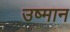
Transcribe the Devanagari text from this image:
उष्मान